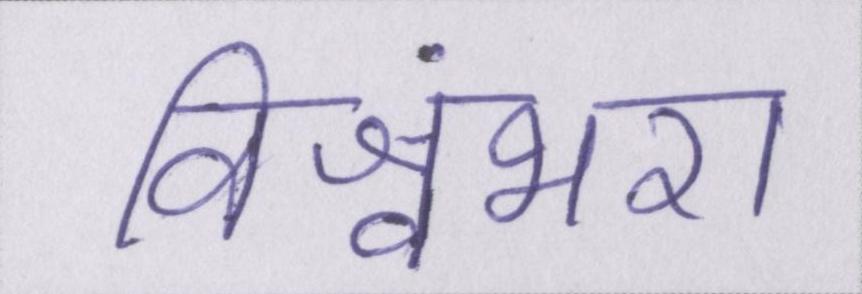
विश्वंभरा